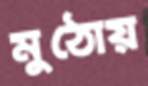
মুঠোয়